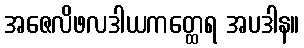
အဇေလိဖလဒါယကတ္ထေရ အပဒါန။